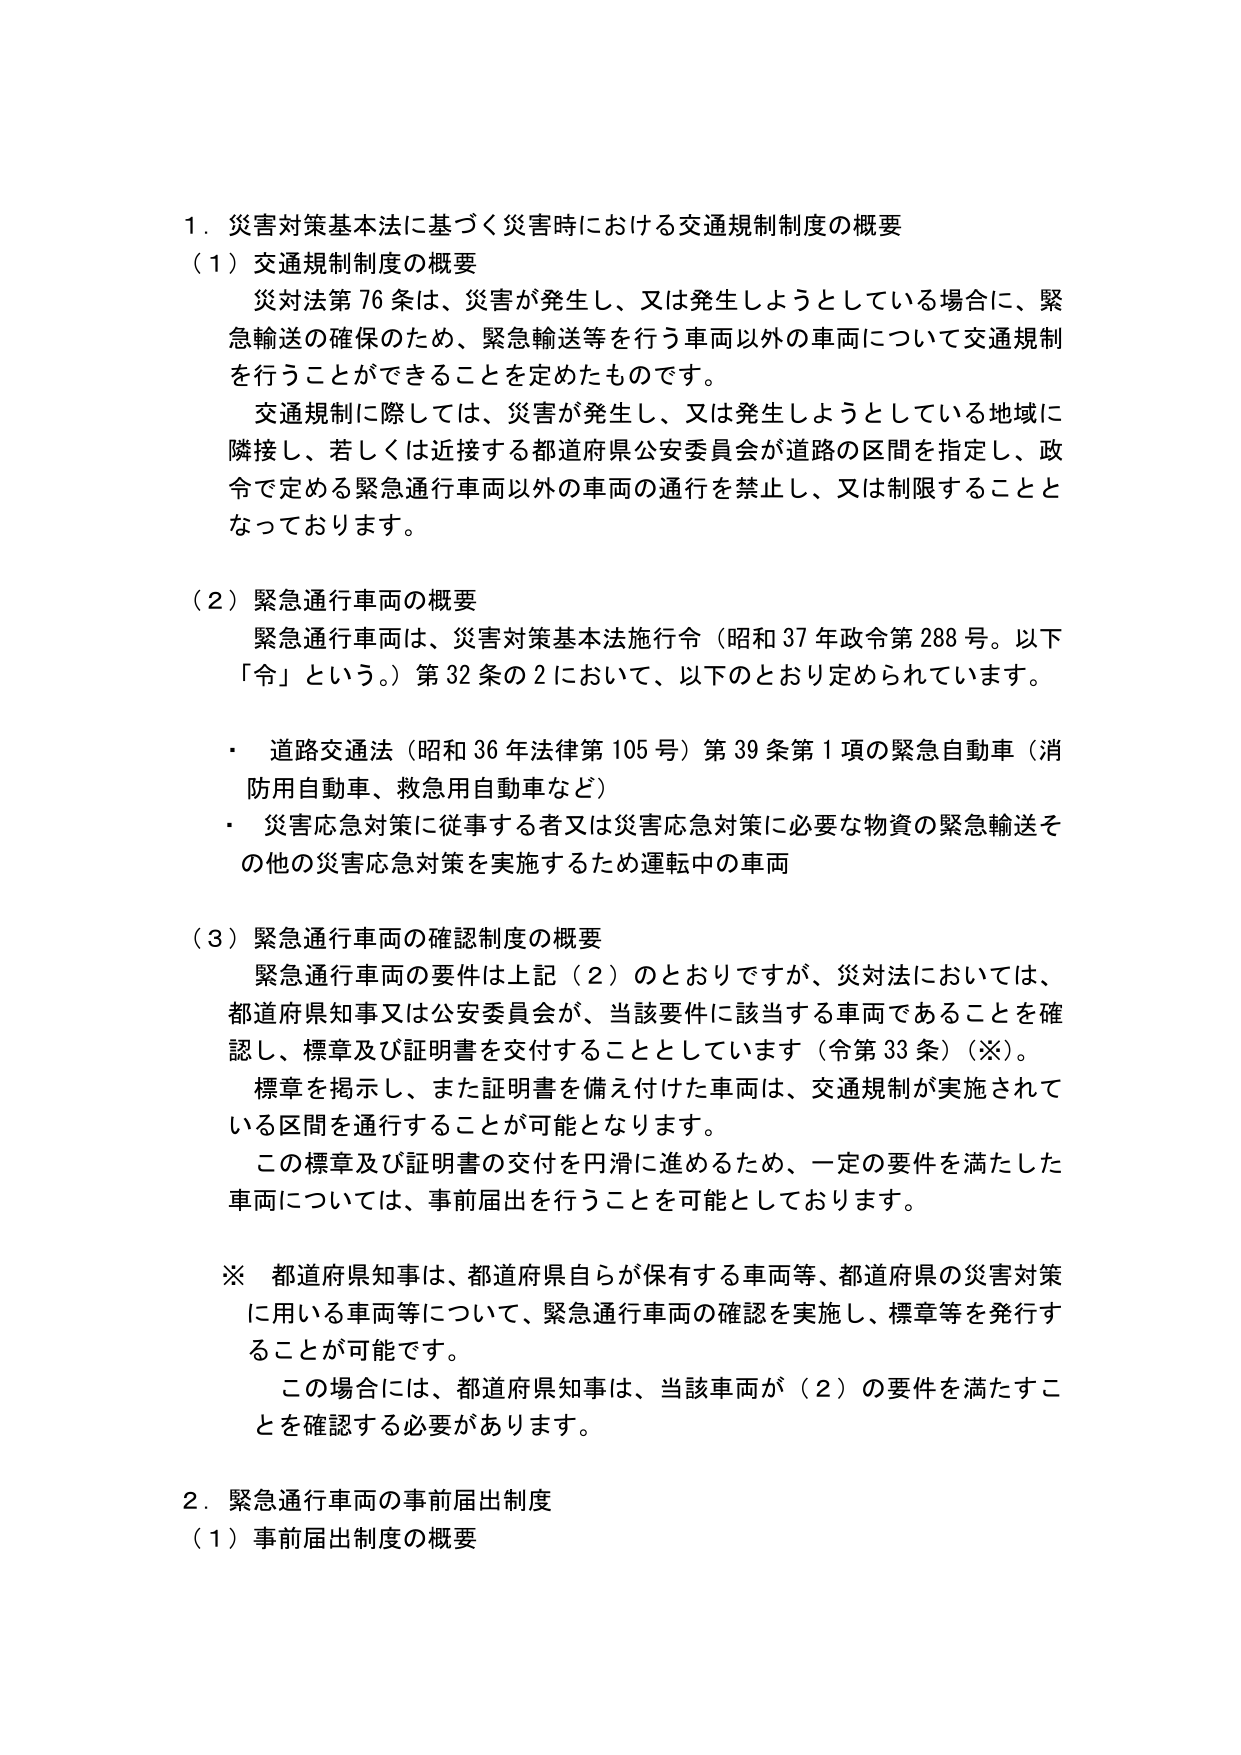
１．災害対策基本法に基づく災害時における交通規制制度の概要
（１）交通規制制度の概要
　災対法第76条は、災害が発生し、又は発生しようとしている場合に、緊急輸送の確保のため、緊急輸送等を行う車両以外の車両について交通規制を行うことができることを定めたものです。
　交通規制に際しては、災害が発生し、又は発生しようとしている地域に隣接し、若しくは近接する都道府県公安委員会が道路の区間を指定し、政令で定める緊急通行車両以外の車両の通行を禁止し、又は制限することとなっております。

（２）緊急通行車両の概要
　緊急通行車両は、災害対策基本法施行令（昭和37年政令第288号。以下「令」という。）第32条の2において、以下のとおり定められています。
・　道路交通法（昭和36年法律第105号）第39条第1項の緊急自動車（消防用自動車、救急用自動車など）
・　災害応急対策に従事する者又は災害応急対策に必要な物資の緊急輸送その他の災害応急対策を実施するため運転中の車両

（３）緊急通行車両の確認制度の概要
　緊急通行車両の要件は上記（２）のとおりですが、災対法においては、都道府県知事又は公安委員会が、当該要件に該当する車両であることを確認し、標章及び証明書を交付することとしています（令第33条）（※）。
　標章を掲示し、また証明書を備え付けた車両は、交通規制が実施されている区間を通行することが可能となります。
　この標章及び証明書の交付を円滑に進めるため、一定の要件を満たした車両については、事前届出を行うことを可能としております。

※　都道府県知事は、都道府県自らが保有する車両等、都道府県の災害対策に用いる車両等について、緊急通行車両の確認を実施し、標章等を発行することが可能です。
　この場合には、都道府県知事は、当該車両が（２）の要件を満たすことを確認する必要があります。

２．緊急通行車両の事前届出制度
（１）事前届出制度の概要